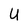
Character: U